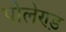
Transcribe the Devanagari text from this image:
पोलेण्ड़